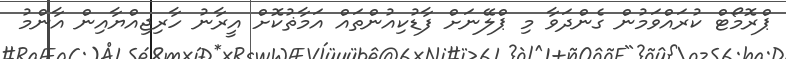
ޕްރޮމޯޓް ކުރައްވަމުން ގެންދަވާ މި ޕްލޭނަށް ފާޑުކިއުންތައް އަމާޡުކޮށް އީރާނު ހާރިޖިއްޔާއިން އާންމު